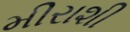
મીરાશી